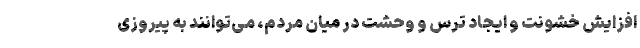
افزایش خشونت و ایجاد ترس و وحشت در میان مردم، می‌توانند به پیروزی